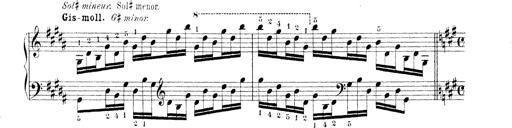
Title: Technische Studien
Composer: Franz Liszt